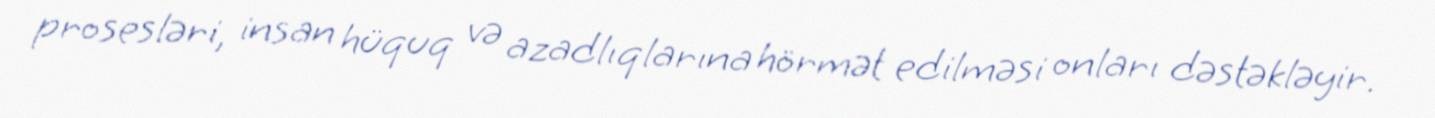
prosesləri, insan hüquq və azadlıqlarına hörmət edilməsi onları dəstəkləyir.